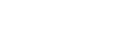
လိုက်ဖက်ရန်